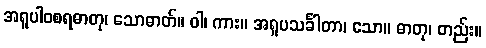
အရူပါဝစရဓာတု၊ သောဓာတ်။ ဝါ၊ ကား။ အရူပသင်္ခါတာ၊ သော။ ဓာတု၊ တည်း။